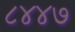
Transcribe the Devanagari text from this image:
८४४७